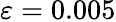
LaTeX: \varepsilon=0.005